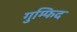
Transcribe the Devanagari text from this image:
गुम्फिद